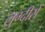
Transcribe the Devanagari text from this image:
लुग्दीसे